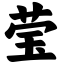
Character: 莹